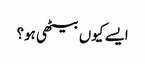
ایسے کیوں بیٹھی ہو؟